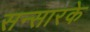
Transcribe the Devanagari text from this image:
सन्सारके